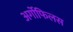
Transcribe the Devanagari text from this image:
अर्गोफिलस